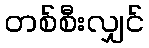
တစ်စီးလျှင်